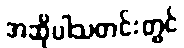
အဆိုပါသတင်းတွင်